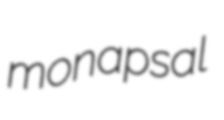
monapsal